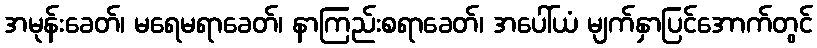
အမုန်းခေတ်၊ မရေမရာခေတ်၊ နာကြည်းစရာခေတ်၊ အပေါ်ယံ မျက်နှာပြင်အောက်တွင်